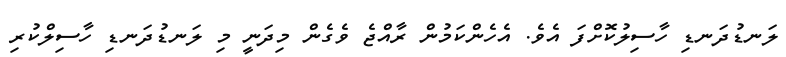
ލަނޑުދަނޑި ހާސިލުކޮށްފަ އެވެ. އެހެންކަމުން ރާއްޖެ ވެގެން މިދަނީ މި ލަނޑުދަނޑި ހާސިލްކުރި